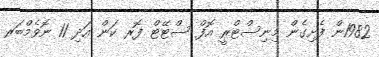
1982ން ފެށިގެން މިނިސްޓްރީ އޮފް ސްޓޭޓް ފޮރ ކަން އަދި 11 ނޮވެމްބަރ